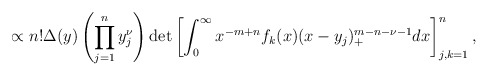
\begin{align*}\propto n! \Delta(y) \left( \prod_{j=1}^n y_j^{\nu} \right) \det \left[ \int_0^{\infty} x^{-m+n} f_k(x) (x-y_j)_+^{m-n-\nu-1} dx \right]_{j,k=1}^n, \end{align*}